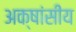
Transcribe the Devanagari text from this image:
अक्षांसीय